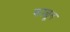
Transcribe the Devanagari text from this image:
फाळून